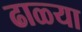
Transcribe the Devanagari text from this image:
ढाळ्या